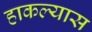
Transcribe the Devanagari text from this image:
हाकल्यास